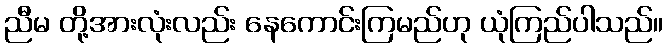
ညီမ တို့အားလုံးလည်း နေကောင်းကြမည်ဟု ယုံကြည်ပါသည်။